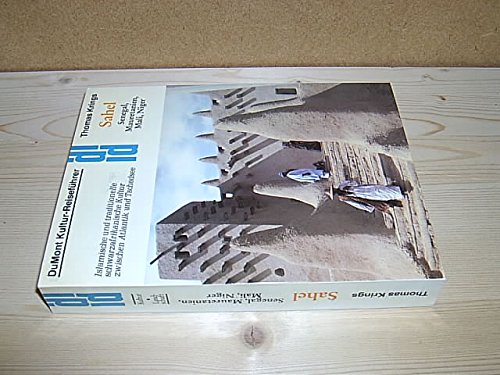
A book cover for Sahel: Senegal, Mauretanien, Mali, Niger : islamische und traditionelle schwarzafrikanische Kultur zwischen Atlantik und Tschadsee (DuMont Kultur-Reisefuhrer) (German Edition); Thomas Krings; Travel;